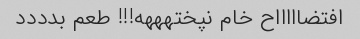
افتضاااااح خام نپختهههه!!! طعم بدددد